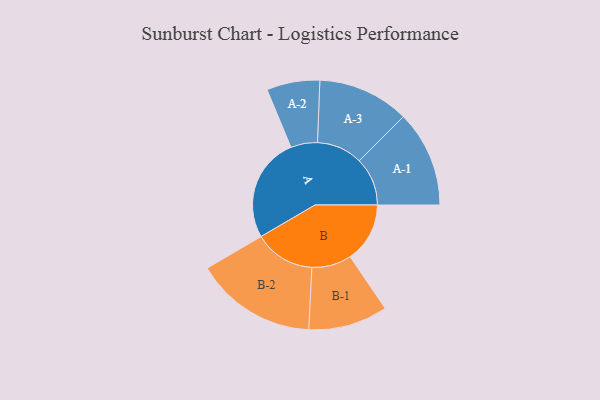
{"axis": {"x": "Segment", "y": "Value"}, "legend": ["", "A", "B"], "data": [{"x": "A", "y": 480, "type": ""}, {"x": "B", "y": 274, "type": ""}, {"x": "A-1", "y": 221, "type": "A"}, {"x": "A-2", "y": 122, "type": "A"}, {"x": "A-3", "y": 210, "type": "A"}, {"x": "B-1", "y": 182, "type": "B"}, {"x": "B-2", "y": 279, "type": "B"}]}